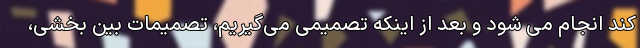
کند انجام می ‌‌شود و بعد از اینکه تصمیمی می‌‌گیریم، تصمیمات بین ‌بخشی،